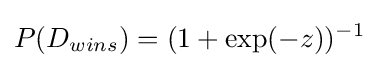
P(D_{wins})=(1+\exp(-z))^{-1}